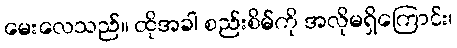
မေးလေသည်။ ထိုအခါ စည်းစိမ်ကို အလိုမရှိကြောင်း၊